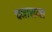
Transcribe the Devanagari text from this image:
चनासमा